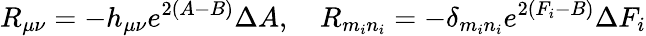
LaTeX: R_{\mu\nu}=-h_{\mu\nu}e^{2(A-B)}\Delta A,~~~~R_{m_{i}n_{i}}=-\delta_{m_{i}n_{i}}e^{2(F_{i}-B)}\Delta F_{i}